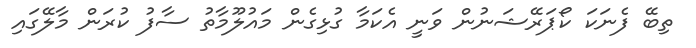
ތިބޭ ފެނަކަ ކޯޕަރޭޝަނުން ވަނީ އެކަމާ ގުޅިގެން މައުލޫމާތު ސާފު ކުރަން މާލޭގައި